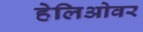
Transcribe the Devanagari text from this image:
हेलिओवर